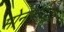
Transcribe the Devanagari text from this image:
मोनोहायड्रेट